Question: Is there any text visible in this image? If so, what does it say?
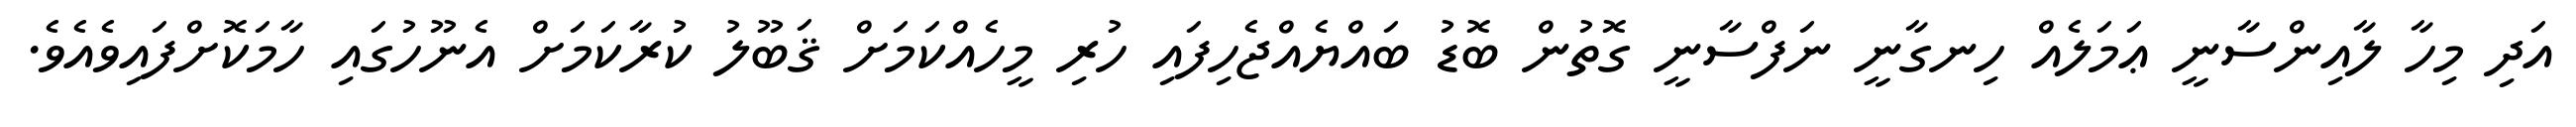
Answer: އަދި މިހާ ލާއިންސާނީ ޢަމަލެއް ހިނގާނީ ނަފްސާނީ ގޮތުން ބޮޑު ބައްޔެއްޖެހިފައި ހުރި މީހެއްކަމަށް ޤަބޫލު ކުރާކަމަށް އެނޫހުގައި ހާމަކޮށްފައިވެއެވެ.